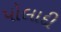
પોલાદી